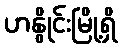
ဟနွိုင်းမြို့ရှိ